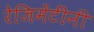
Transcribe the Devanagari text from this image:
रेजिमेंटींनी